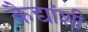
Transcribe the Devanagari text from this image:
कैद्यांशी